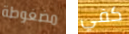
مضغوطة كفي